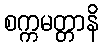
စက္ကမတ္တာနိ